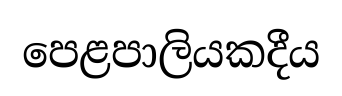
පෙළපාලියකදීය